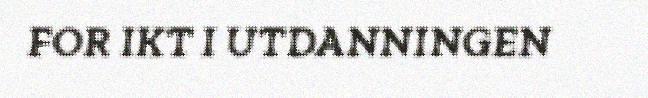
FOR IKT I UTDANNINGEN